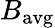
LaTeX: B_{\mathrm{avg}}